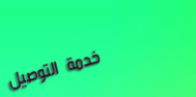
خدمة التوصيل